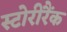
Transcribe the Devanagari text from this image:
स्टोरीरैंक